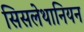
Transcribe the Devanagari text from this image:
सिसलेथानियन